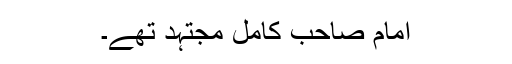
امام صاحب کامل مجتہد تھے۔